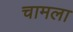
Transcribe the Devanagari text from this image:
चामला